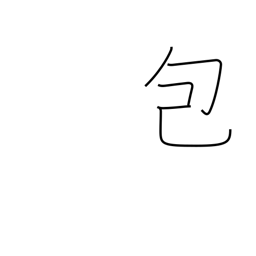
Meaning: pack up